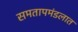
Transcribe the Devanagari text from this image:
समतापमंडलात